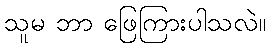
သူမ ဘာ ဖြေကြားပါသလဲ။